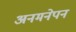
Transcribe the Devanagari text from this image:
अनमनेपन